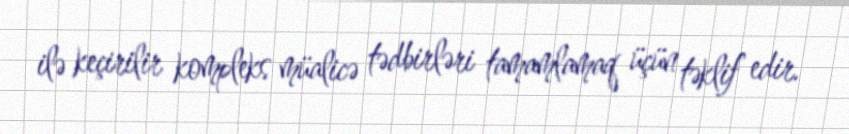
ilə keçirilir kompleks müalicə tədbirləri tamamlamaq üçün təklif edir.